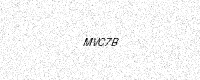
Text: MVC7B